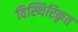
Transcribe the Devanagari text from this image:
विस्थिरिकृत